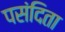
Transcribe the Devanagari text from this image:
पसंदिता